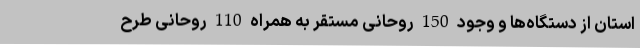
استان از دستگاه‌ها و وجود 150 روحانی مستقر به همراه 110 روحانی طرح